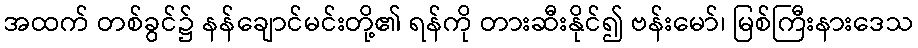
အထက် တစ်ခွင်၌ နန်ချောင်မင်းတို့၏ ရန်ကို တားဆီးနိုင်၍ ဗန်းမော်၊ မြစ်ကြီးနားဒေသ